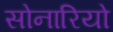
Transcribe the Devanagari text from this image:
सोनारियो